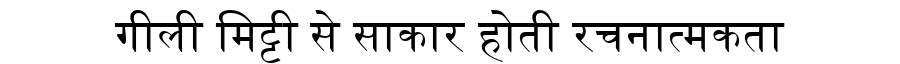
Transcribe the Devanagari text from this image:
गीली मिट्टी से साकार होती रचनात्मकता